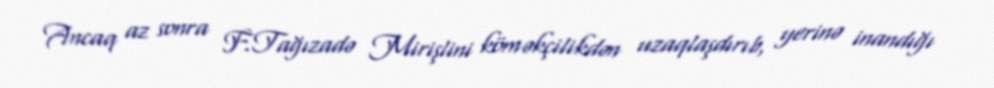
Ancaq az sonra F.Tağızadə Mirişlini köməkçilikdən uzaqlaşdırıb, yerinə inandığı